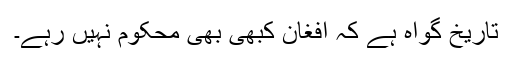
تاریخ گواہ ہے کہ افغان کبھی بھی محکوم نہیں رہے۔